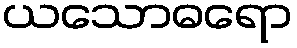
ယသောဓရော